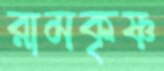
রামকৃষ্ণ